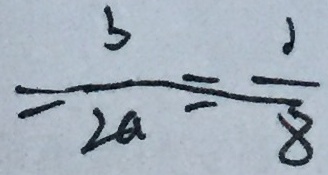
= \frac { b } { 2 a } = \frac { 1 } { 8 }